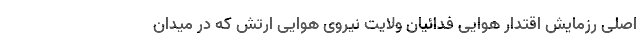
اصلی رزمایش اقتدار هوایی فدائیان ولایت نیروی هوایی ارتش که در میدان